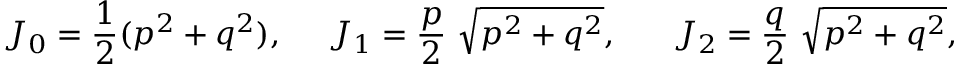
J _ { 0 } = \frac { 1 } { 2 } ( p ^ { 2 } + q ^ { 2 } ) , ~ ~ ~ ~ J _ { 1 } = \frac { p } { 2 } ~ \sqrt { p ^ { 2 } + q ^ { 2 } } , ~ ~ ~ ~ ~ J _ { 2 } = \frac { q } { 2 } ~ \sqrt { p ^ { 2 } + q ^ { 2 } } ,